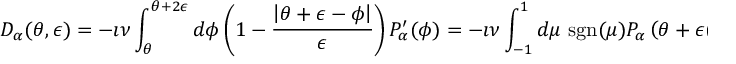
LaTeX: D _ { \alpha } ( \theta , \epsilon ) = - \i \nu \int _ { \theta } ^ { \theta + 2 \epsilon } d \phi \left( 1 - \frac { \left| \theta + \epsilon - \phi \right| } { \epsilon } \right) P _ { \alpha } ^ { \prime } ( \phi ) = - \i \nu \int _ { - 1 } ^ { 1 } d \mu \mathrm { ~ s g n } ( \mu ) P _ { \alpha } \left( \theta + \epsilon ( 1 + \mu ) \right)